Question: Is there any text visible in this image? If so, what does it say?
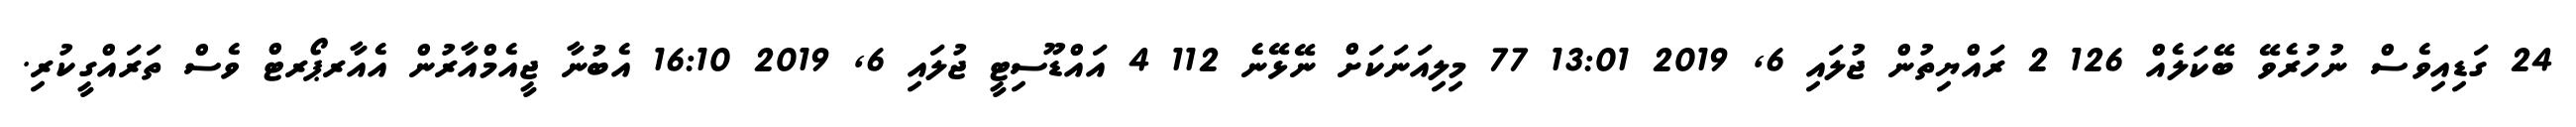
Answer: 24 ގަޑިއިވެސް ނުހުރެވޭ ބޭކަލެއް 126 2 ރައްޔިތުން ޖުލައި 6, 2019 13:01 77 މިލިއަނަކަށް ނޭޅޭނެ 112 4 އައްޑޫސިޓީ ޖުލައި 6, 2019 16:10 އެބުނާ ޖީއެމްއާރުން އެއާރޕޯރޓް ވެސް ތަރައްގީކުރި.